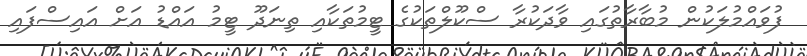
ފުވައްމުލަކުން މުބާރާތުގައި ވާދަކުރާ ސްކޫލްތަކުގެ ޓީމުތަކާއި ތިނަދޫ ޓީމު އައްޑު އަށް އައިސްފައި